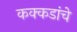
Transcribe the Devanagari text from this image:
कक्कडांचे